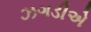
ઝગડીએ